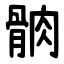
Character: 䯐